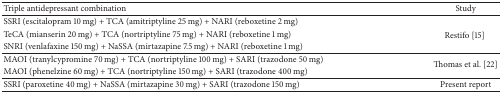
| Triple antidepressant combination | Study |
 | --- | --- |
 | SSRI (escitalopram 10 mg) + TCA (amitriptyline 25 mg) + NARI (reboxetine 2 mg) | <ROWSPAN=3> Restifo [15] |
 | TeCA (mianserin 20 mg) + TCA (nortriptyline 75 mg) + NARI (reboxetine 1 mg) |
 | SNRI (venlafaxine 150 mg) + NaSSA (mirtazapine 7.5 mg) + NARI (reboxetine 1 mg) |
 | MAOI (tranylcypromine 70 mg) + TCA (nortriptyline 100 mg) + SARI (trazodone 50 mg) | <ROWSPAN=2> Thomas et al. [22] |
 | MAOI (phenelzine 60 mg) + TCA (nortriptyline 150 mg) + SARI (trazodone 400 mg) |
 | SSRI (paroxetine 40 mg) + NaSSA (mirtazapine 30 mg) + SARI (trazodone 150 mg) | Present report |